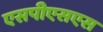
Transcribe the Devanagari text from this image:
एसपीएसएस